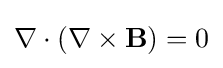
\nabla \cdot (\nabla \times \mathbf {B} )=0